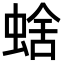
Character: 𧌖